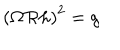
\left( \Omega { \cal R } h \right) ^ { 2 } = g